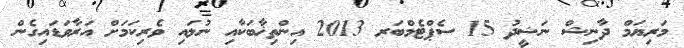
މަރިޔަމް ދާނިޝް ނަޝީދު 15 ސެޕްޓެމްބަރ 2013 އިންތިޚާބަކާއި ނުލައި ވެރިކަމަށް އަރާވަޑައިގެން